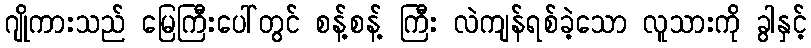
ဂျိုကားသည် မြေကြီးပေါ်တွင် စန့်စန့် ကြီး လဲကျန်ရစ်ခဲ့သော လူသားကို ခွါနှင့်